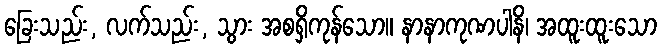
ခြေးသည်း, လက်သည်း, သွား အစရှိကုန်သော။ နာနာကုဏပါနိ၊ အထူးထူးသော